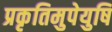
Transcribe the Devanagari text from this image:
प्रकृतिमुपेयुषि